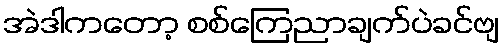
အဲဒါကတော့ စစ်ကြေညာချက်ပဲခင်ဗျ